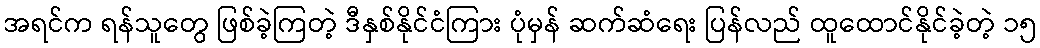
အရင်က ရန်သူတွေ ဖြစ်ခဲ့ကြတဲ့ ဒီနှစ်နိုင်ငံကြား ပုံမှန် ဆက်ဆံရေး ပြန်လည် ထူထောင်နိုင်ခဲ့တဲ့ ၁၅